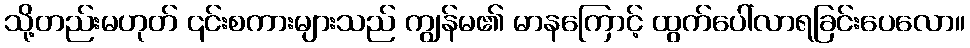
သို့တည်းမဟုတ် ၎င်းစကားများသည် ကျွန်မ၏ မာနကြောင့် ထွက်ပေါ်လာရခြင်းပေလော။